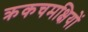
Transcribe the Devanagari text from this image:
क्रकचमक्षियों